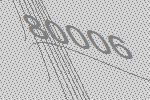
80006